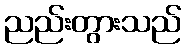
ညည်းတွားသည်